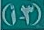
(3-أ)